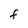
Character: F